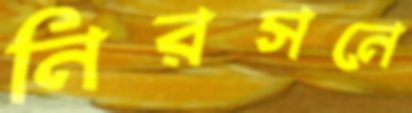
নিরসনে